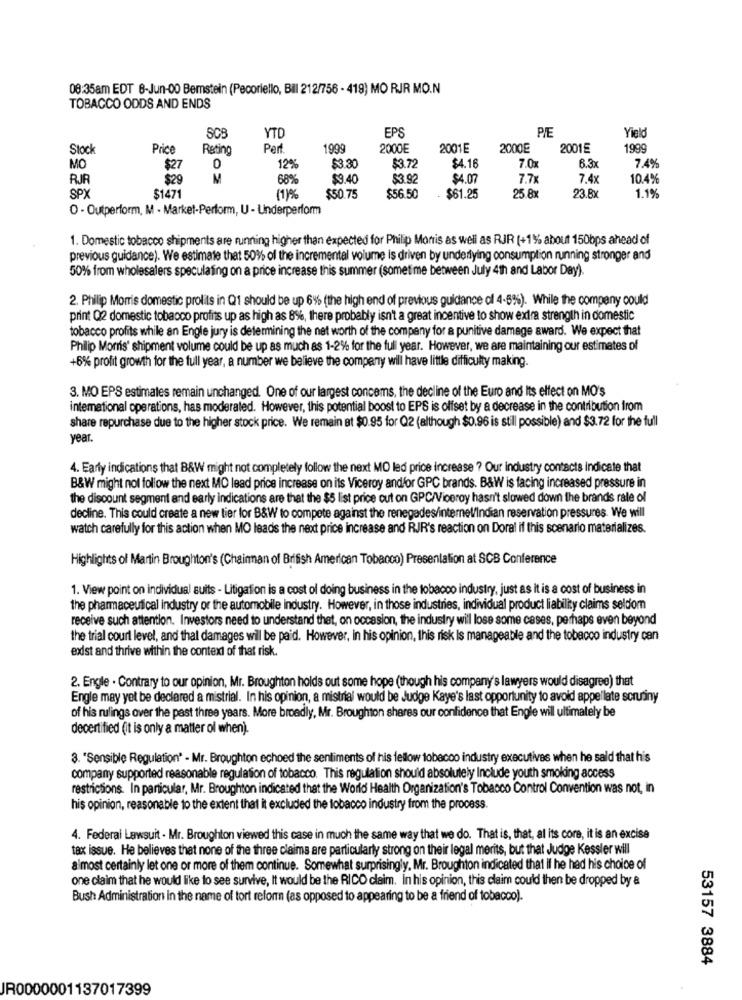
08:35am EDT 8-Jun-00 Bemstein (Pecoriello, Bill 212/756 - 419) MO RJR MO.N
TOBACCO ODDS AND ENDS
SCB
YTO
EPS
PIE
Yield
Stock
Price
Rating
Per
1999
2000E
2001E
2000E
20015
1999
$27
12%
$3.30
$4.16
MO
0
$3.72
7.0
6.3x
7.4%
RJR
$29
M
689
$9.40
$3.92
$4.07
7.7x
7.4x
10.4%
$1471
SPX
(1)%
$50.75
$56.50
$61.25
25.8x
23.8x
1.1%
O - Outperform, M - Market-Perform, U - Underperform
1. Domestic tobacco shipments are running higher than expected for Philip Morris as well as RJR (+1% about 150bps ahead of
previous guidance). We estimate that 50% of the incremental volume is driven by underlying consumption running stronger and
50% from wholesalers speculating on a price increase this summer (sometime between July 4th and Labor Day).
2. Philip Morris domestic prolits in Q1 should be up 6% (the high end of previous guidance of 4-6%). While the company could
print Q2 domestic tobacco profits up as high as 8%, there probably isn't a great incentive to show extra strength in domestic
tobacco profits while an Engle jury is determining the net worth of the company for a punitive damage award. We expect that
Philip Morris' shipment volume could be up as much as 1-2% for the full year. However, we are maintaining our estimates of
+6% profit growth for the full year, a number we believe the company will have little difficulty making.
3. MO EPS estimates remain unchanged. One of our largest concems, the decline of the Euro and Its effect on MO's
international operations, has moderated. However, this potential boost to EPS is offset by a decrease in the contribution from
share repurchase due to the higher stock price. We remain at $0.95 for Q2 (although $0.96 is still possible) and $3.72 for the full
year.
4. Early indications that B&W might not completely follow the next MO led price increase ? Our industry contacts indicate that
B&W might not follow the next MO lead price increase on its Viceroy and/or GPC brands. B&W is facing increased pressure in
the discount segment and early indications are that the $5 list price cut on GPC/Viceroy hasn't slowed down the brands rale of
decline. This could create a new tier for B&W to compete against the renegades/internel/Indian reservation pressures. We will
watch carefully for this action when MO leads the next price increase and RJR's reaction on Doral if this scenario materializes.
Highlights of Martin Broughton's (Chainnan of British American Tobacco) Presentation at SCB Conference
1. View point on individual suits - Litigation is a cost ol doing business in the tobacco industry, just as it is a cost of business in
the pharmaceutical industry or the automobile industry. However, in those industries, individual product liability claims seldom
receive such attention. Investors need to understand thet, on occasion, the industry will lose some cases, perhaps even beyond
the trial court level, and that damages will be paid. However, in his opinion, this risk Is manageable and the tobacco industry can
exist and thrive within the context of that risk.
2. Engle . Contrary to our opinion, Mr. Broughton holds out some hope (though his company's lawyers would disagree) that
Engle may yet be declared a mistrial. In his opinion, a mistrial would be Judge Kaye's last opportunity to avoid appellate scrutiny
of his rulings over the past three years. More broadly, Mr. Broughton shares our confidence that Engle will ultimately be
decertified (it is only a matter ol when).
3. "Sensible Regulation' - Mr. Broughton echoed the sentiments of his fellow tobacco industry executives when he said that his
company supported reasonable regulation of tobacco. This regulation should absolutely Include youth smoking access
restrictions. In particular, Mr. Broughton indicated that the World Health Organization's Tobacco Control Convention was not, in
his opinion, reasonable to the extent that it excluded the tobacco industry from the process.
4. Federal Lawsuit - Mr. Broughton viewed this case in much the same way that we do. That is, that, al its core, it is an excise
tax issue. He believes that none of the three claims are particularly strong on their legal merits, but that Judge Kessler will
almost certainly let one or more of them continue. Somewhat surprisingly, Mr. Broughton indicated that If he had his choice of
one claim that he would like to see survive, It would be the RICO claim. in his opinion, this claim could then be dropped by &
Bush Administration in the name of tort reform (as opposed to appearing to be a friend of tobacco).
53157 3884
JR0000001137017399